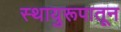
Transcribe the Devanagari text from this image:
स्थायुरूपातून